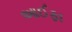
આઈફા